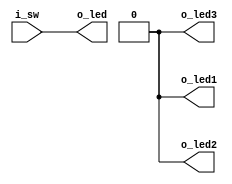
/*
    Thruwire
    ---------

            FPGA
            +---------------+
            |               |
      i_sw  |               |  o_led
    --------+---------------+---------
            |               |
            |               |
            +---------------+

*/

`default_nettype none

module thruwire (i_sw, o_led, o_led1, o_led2, o_led3);
    input   wire i_sw;
    output  wire o_led;

    output  wire o_led1;
    output  wire o_led2;
    output  wire o_led3;

    assign  o_led = i_sw;

    assign o_led1 = 0;
    assign o_led2 = 0;
    assign o_led3 = 0;

endmodule